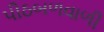
પીઠબળવાળી